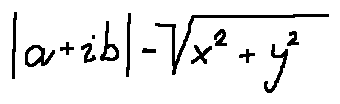
| a + i b | = \sqrt { x ^ { 2 } + y ^ { 2 } }